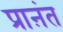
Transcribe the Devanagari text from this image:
प्राऩंत